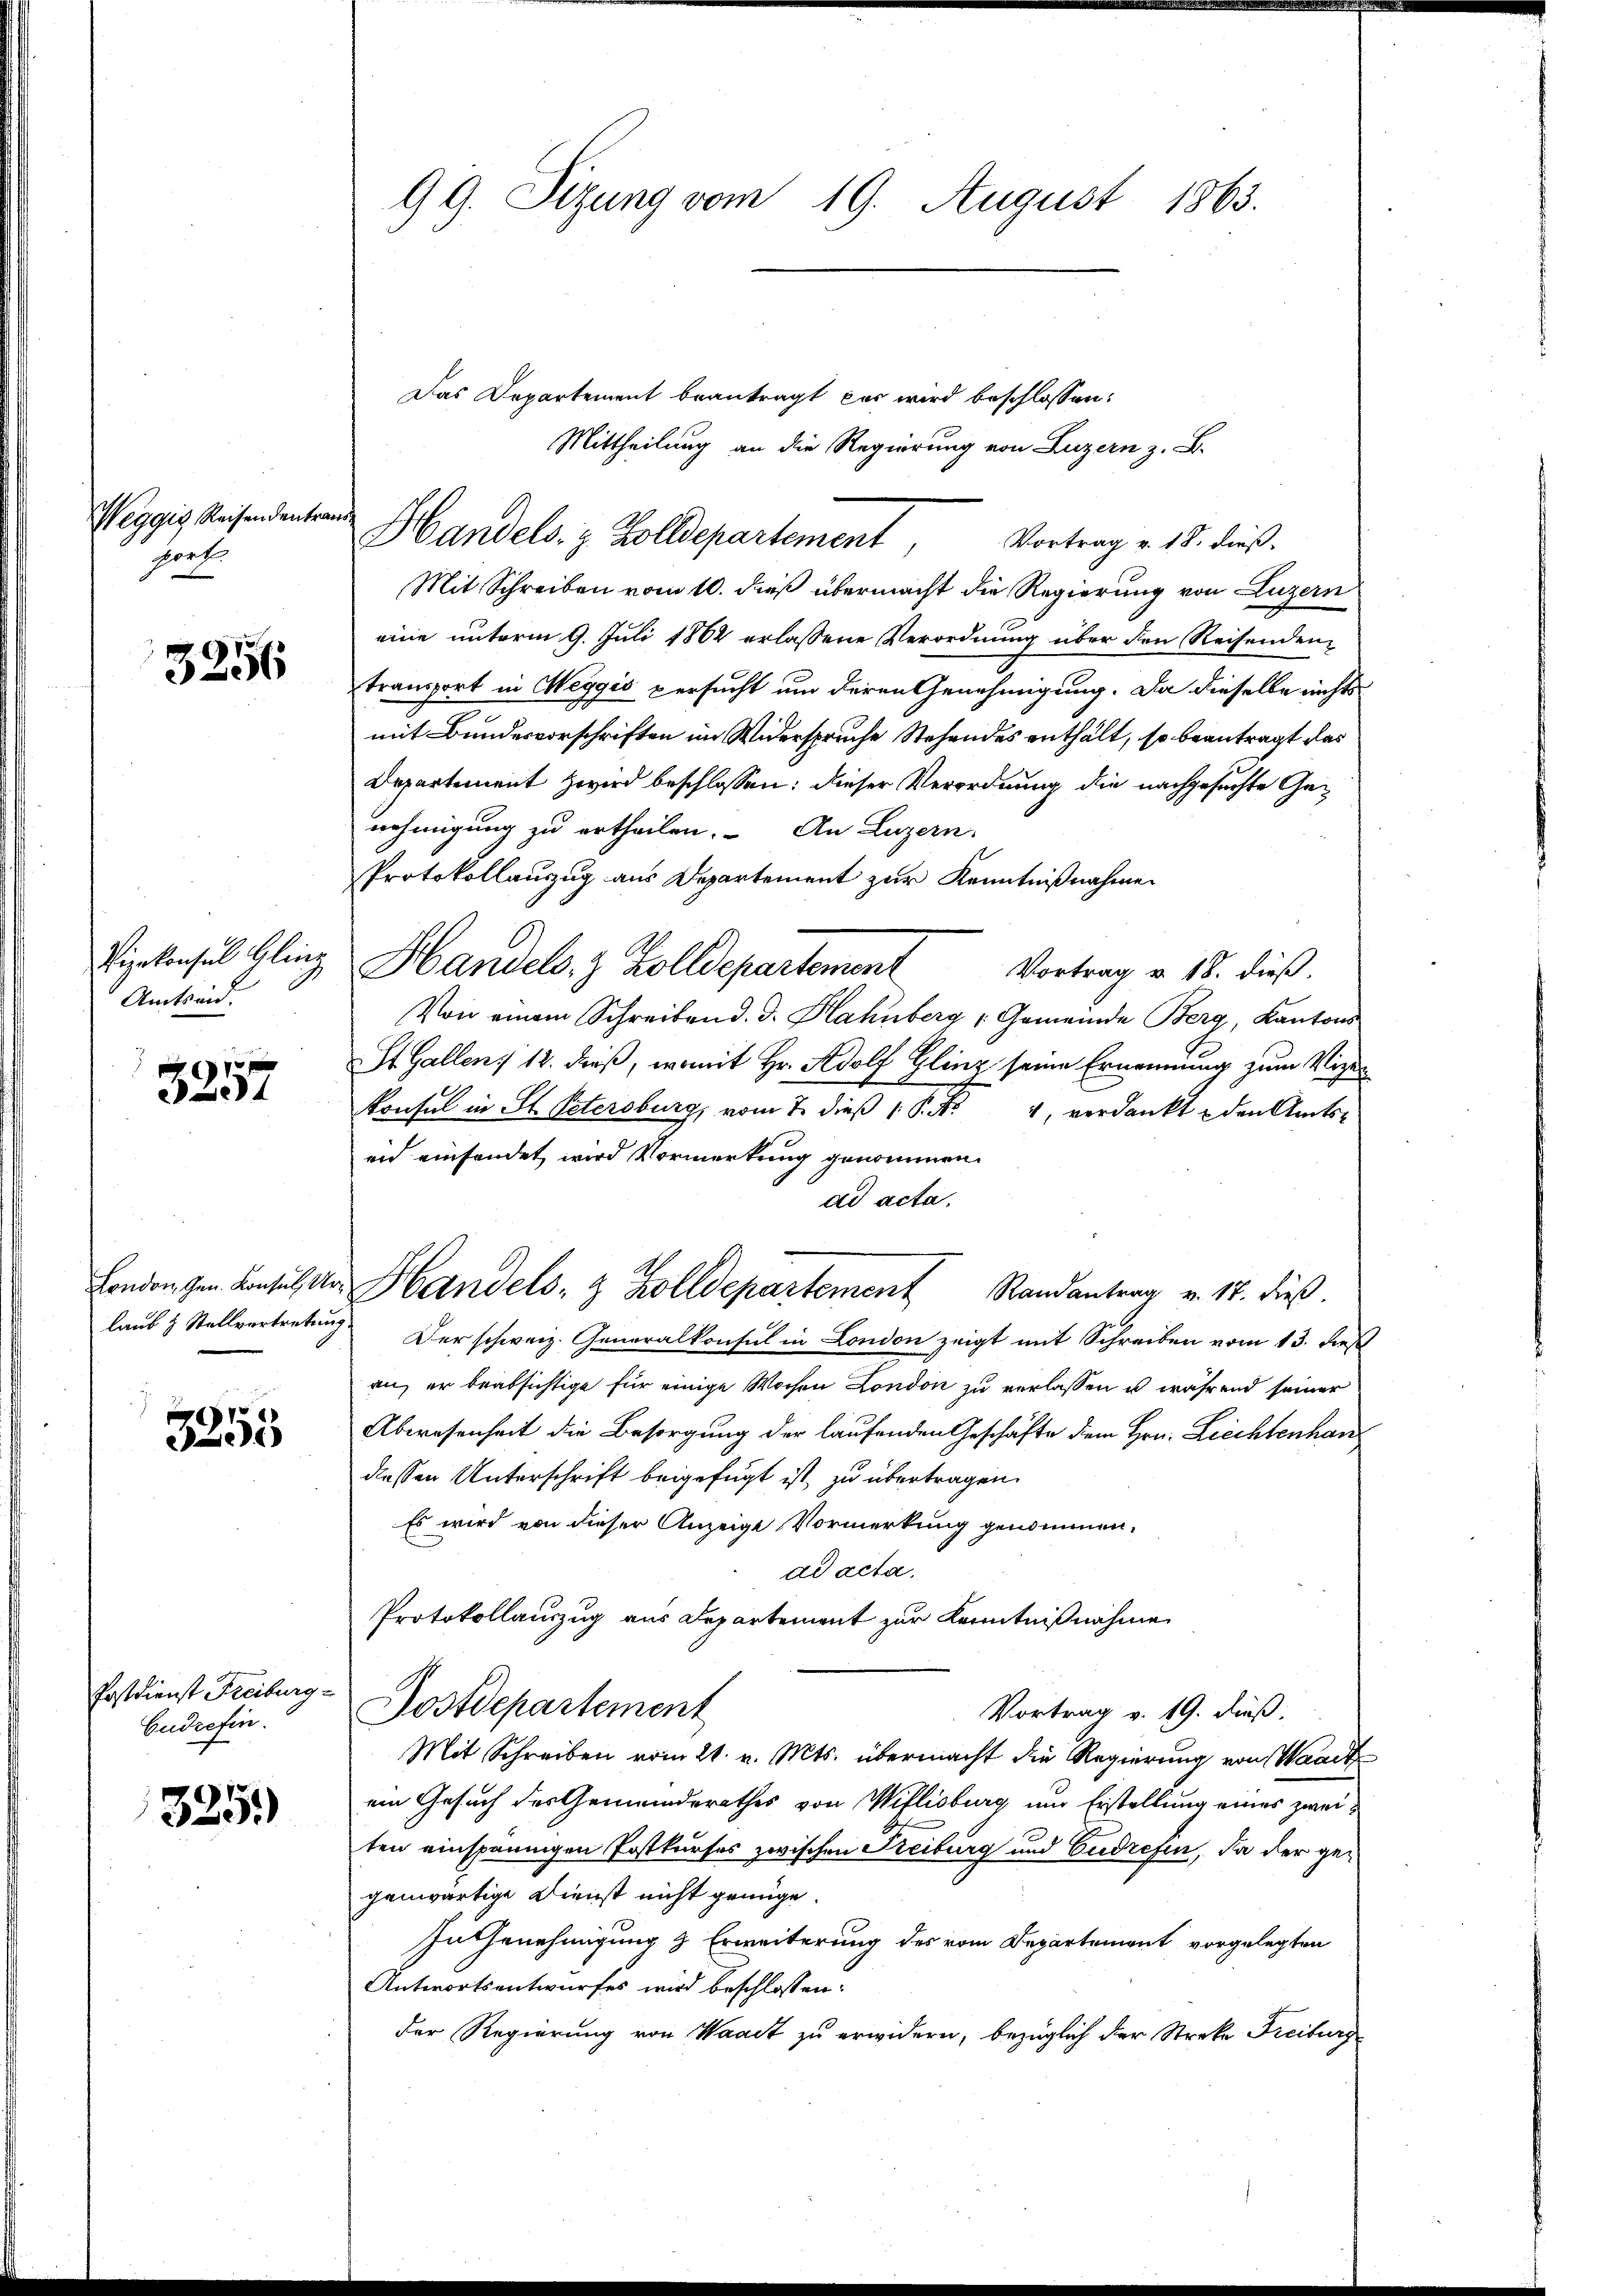
Weggis Reisendentra
port.

3256

Vizekonsul linz
Amtseid.
0 f 0 x

e

laub & Stellvertretung

8)
2

Postdienst Freiburg-
Cudrefin.

325)

ver

99. Sizung vom 19. August 1863.

Das Departement beantragt das wird beschlossen:
Mittheilung an die Regierung von Luzern z. B.
Handels. z. Zolldepartement, Vortrag v. 18. dieß.
Mit Schreiben vom 10. dieß übermacht die Regierung von Luzern
eine unterm 9. Juli 1862 erlassene Verordnung über den Reisendentransport in Weggis persucht um deren Genehmigung. Da dieselbe nichts
mit Bundesvorschriften im Widerspruche Stehendes enthält, so beantragt das
Departement zwird beschlossen: dieser Verordnung die nachgesuchte Genehmigung zu ertheilen. An Luzern,
Protokollauszug aus Departement zur Kenntnißnahme
Handels. 3 Zolldepartement
Vortrag v. 18. dieß.
Von einem Schreiben d. d. Hahnberg, Gemeinde Berg, Kantons
St. Gallen 12. dieß, womit Hr. Adolf Glinz seine Ernennung zum Vize-
konsul in St. Petersburg, vom 7. dieß P. Nr. 4, verdankt den Amts-
eid einsendet wird Vormerkung genommen.
ad acta.
London den Konsul der Handels- & Zolldepartement Randantrag v. 17. dieß.
 Der schweiz. Generalkonsul in London zeigt mit Schreiben vom 13. dieß
an, er beabsichtige für einige Wochen London zu verlassen u während seiner
Abwesenheit die Besorgung der laufenden Geschäfte dem Hrn. Liechtenhan
dessen Unterschrift beigefügt ist zu übertragen.
Es wird von dieser Anzeige Vormerkung genommen.
ad acta.
Protokollauszug aus Departement zur Kenntnißnahme
Postdepartement
Vortrag v. 19. Fuß.
Mit Schreiben vom 21. v. Mts. übermacht die Regierung von Waadt
ein Gesuch des Gemeinderathes von Willisburg und Erstellung eines zweiten einspännigen Postkurses zwischen Freiburg und Cudrefen, da der gegenwärtige Dienst nicht genüge.
In Genehmigung & Erweiterung des vom Departement vorgelegten
Antwortsentwurfes wird beschlossen:
der Regierung von Waadt zu erwidern, bezüglich der Streke Freiburg